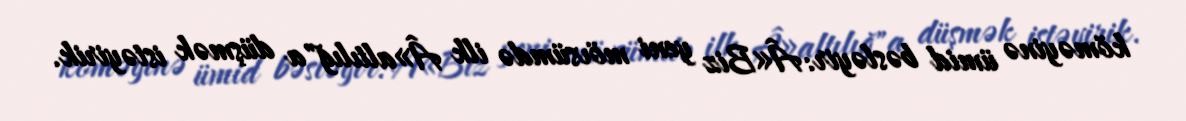
köməyinə ümid bəsləyir: Â«Biz yeni mövsümdə ilk Â»altılığ"a düşmək istəyirik.